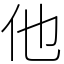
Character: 他